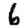
Digit: 6